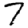
Digit: 7